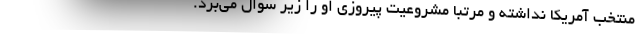
منتخب آمریکا نداشته و مرتبا مشروعیت پیروزی او را زیر سوال می‌برد.